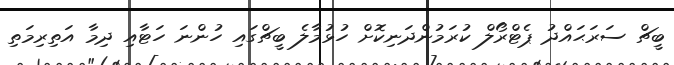
ބީޗް ސަރަޙައްދު ޕެޓްރޯލް ކުރަމުންދަނިކޮށް ހުޅުމާލެ ބީޗްގައި ހުންނަ ހަޓާއި ދިމާ އަތިރިމަތި